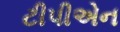
ટીપીએન